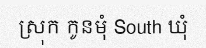
ស្រុក កូនមុំ South ឃុំ